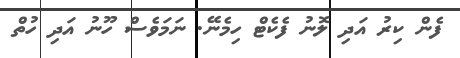
ފެން ކިރު އަދި ލޮނު ފެކެޓް ހިމެނޭ. ނަމަވެސް ހޫނު އަދި ހުތް